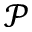
\mathcal { P }